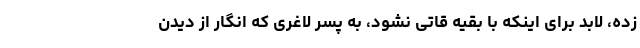
زده، لابد برای اینکه با بقیه قاتی نشود، به پسر لاغری که انگار از دیدن